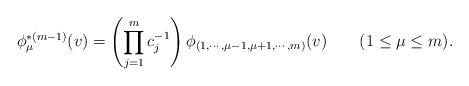
\begin{align*}\phi^{*(m-1)}_\mu(v)=\left(\prod_{j=1}^{m}c_j^{-1}\right)\phi_{(1,\cdots,\mu-1,\mu+1,\cdots,m)}(v)\qquad (1\le \mu\le m).\end{align*}